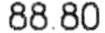
88.80